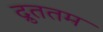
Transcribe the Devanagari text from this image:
द्रुततम